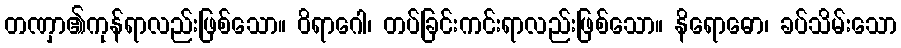
တဏှာ၏ကုန်ရာလည်းဖြစ်သော။ ဝိရာဂေါ၊ တပ်ခြင်းကင်းရာလည်းဖြစ်သော။ နိရောဓော၊ ခပ်သိမ်းသော